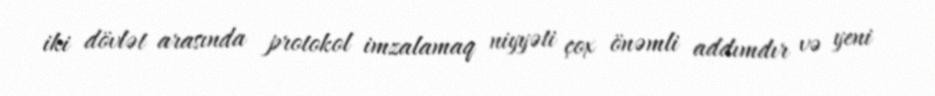
iki dövlət arasında protokol imzalamaq niyyəti çox önəmli addımdır və yeni